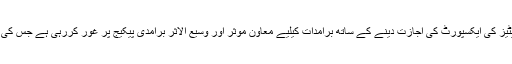
رپورٹ کے مطابق وفاقی حکومت اضافی کماڈیٹیز کی ایکسپورٹ کی اجازت دینے کے ساتھ برآمدات کیلیے معاون موثر اور وسیع الاثر برآمدی پیکیج پر غور کررہی ہے جس کی وزارت تجارت تیاریوں میں بھی مصروف ہے۔